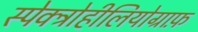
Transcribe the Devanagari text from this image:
स्पेक्ट्रोहीलियोग्राफ़